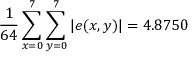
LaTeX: { \frac { 1 } { 6 4 } } \sum _ { x = 0 } ^ { 7 } \sum _ { y = 0 } ^ { 7 } | e ( x , y ) | = 4 . 8 7 5 0